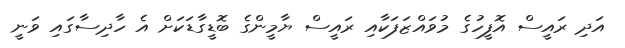
އަދި ރައީސް އޮފީހުގެ މުވައްޒަފަކާއި ރައީސް ޔާމީންގެ ބޮޑީގާޑަކަށް އެ ހާދިސާގައި ވަނީ